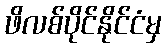
ဖိလစ်ပိုင်နိုင်ငံမှ